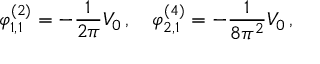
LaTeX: \varphi _ { 1 , 1 } ^ { ( 2 ) } = - \frac { 1 } { 2 \pi } V _ { 0 } \, , \quad \varphi _ { 2 , 1 } ^ { ( 4 ) } = - \frac { 1 } { 8 \pi ^ { 2 } } V _ { 0 } \, ,